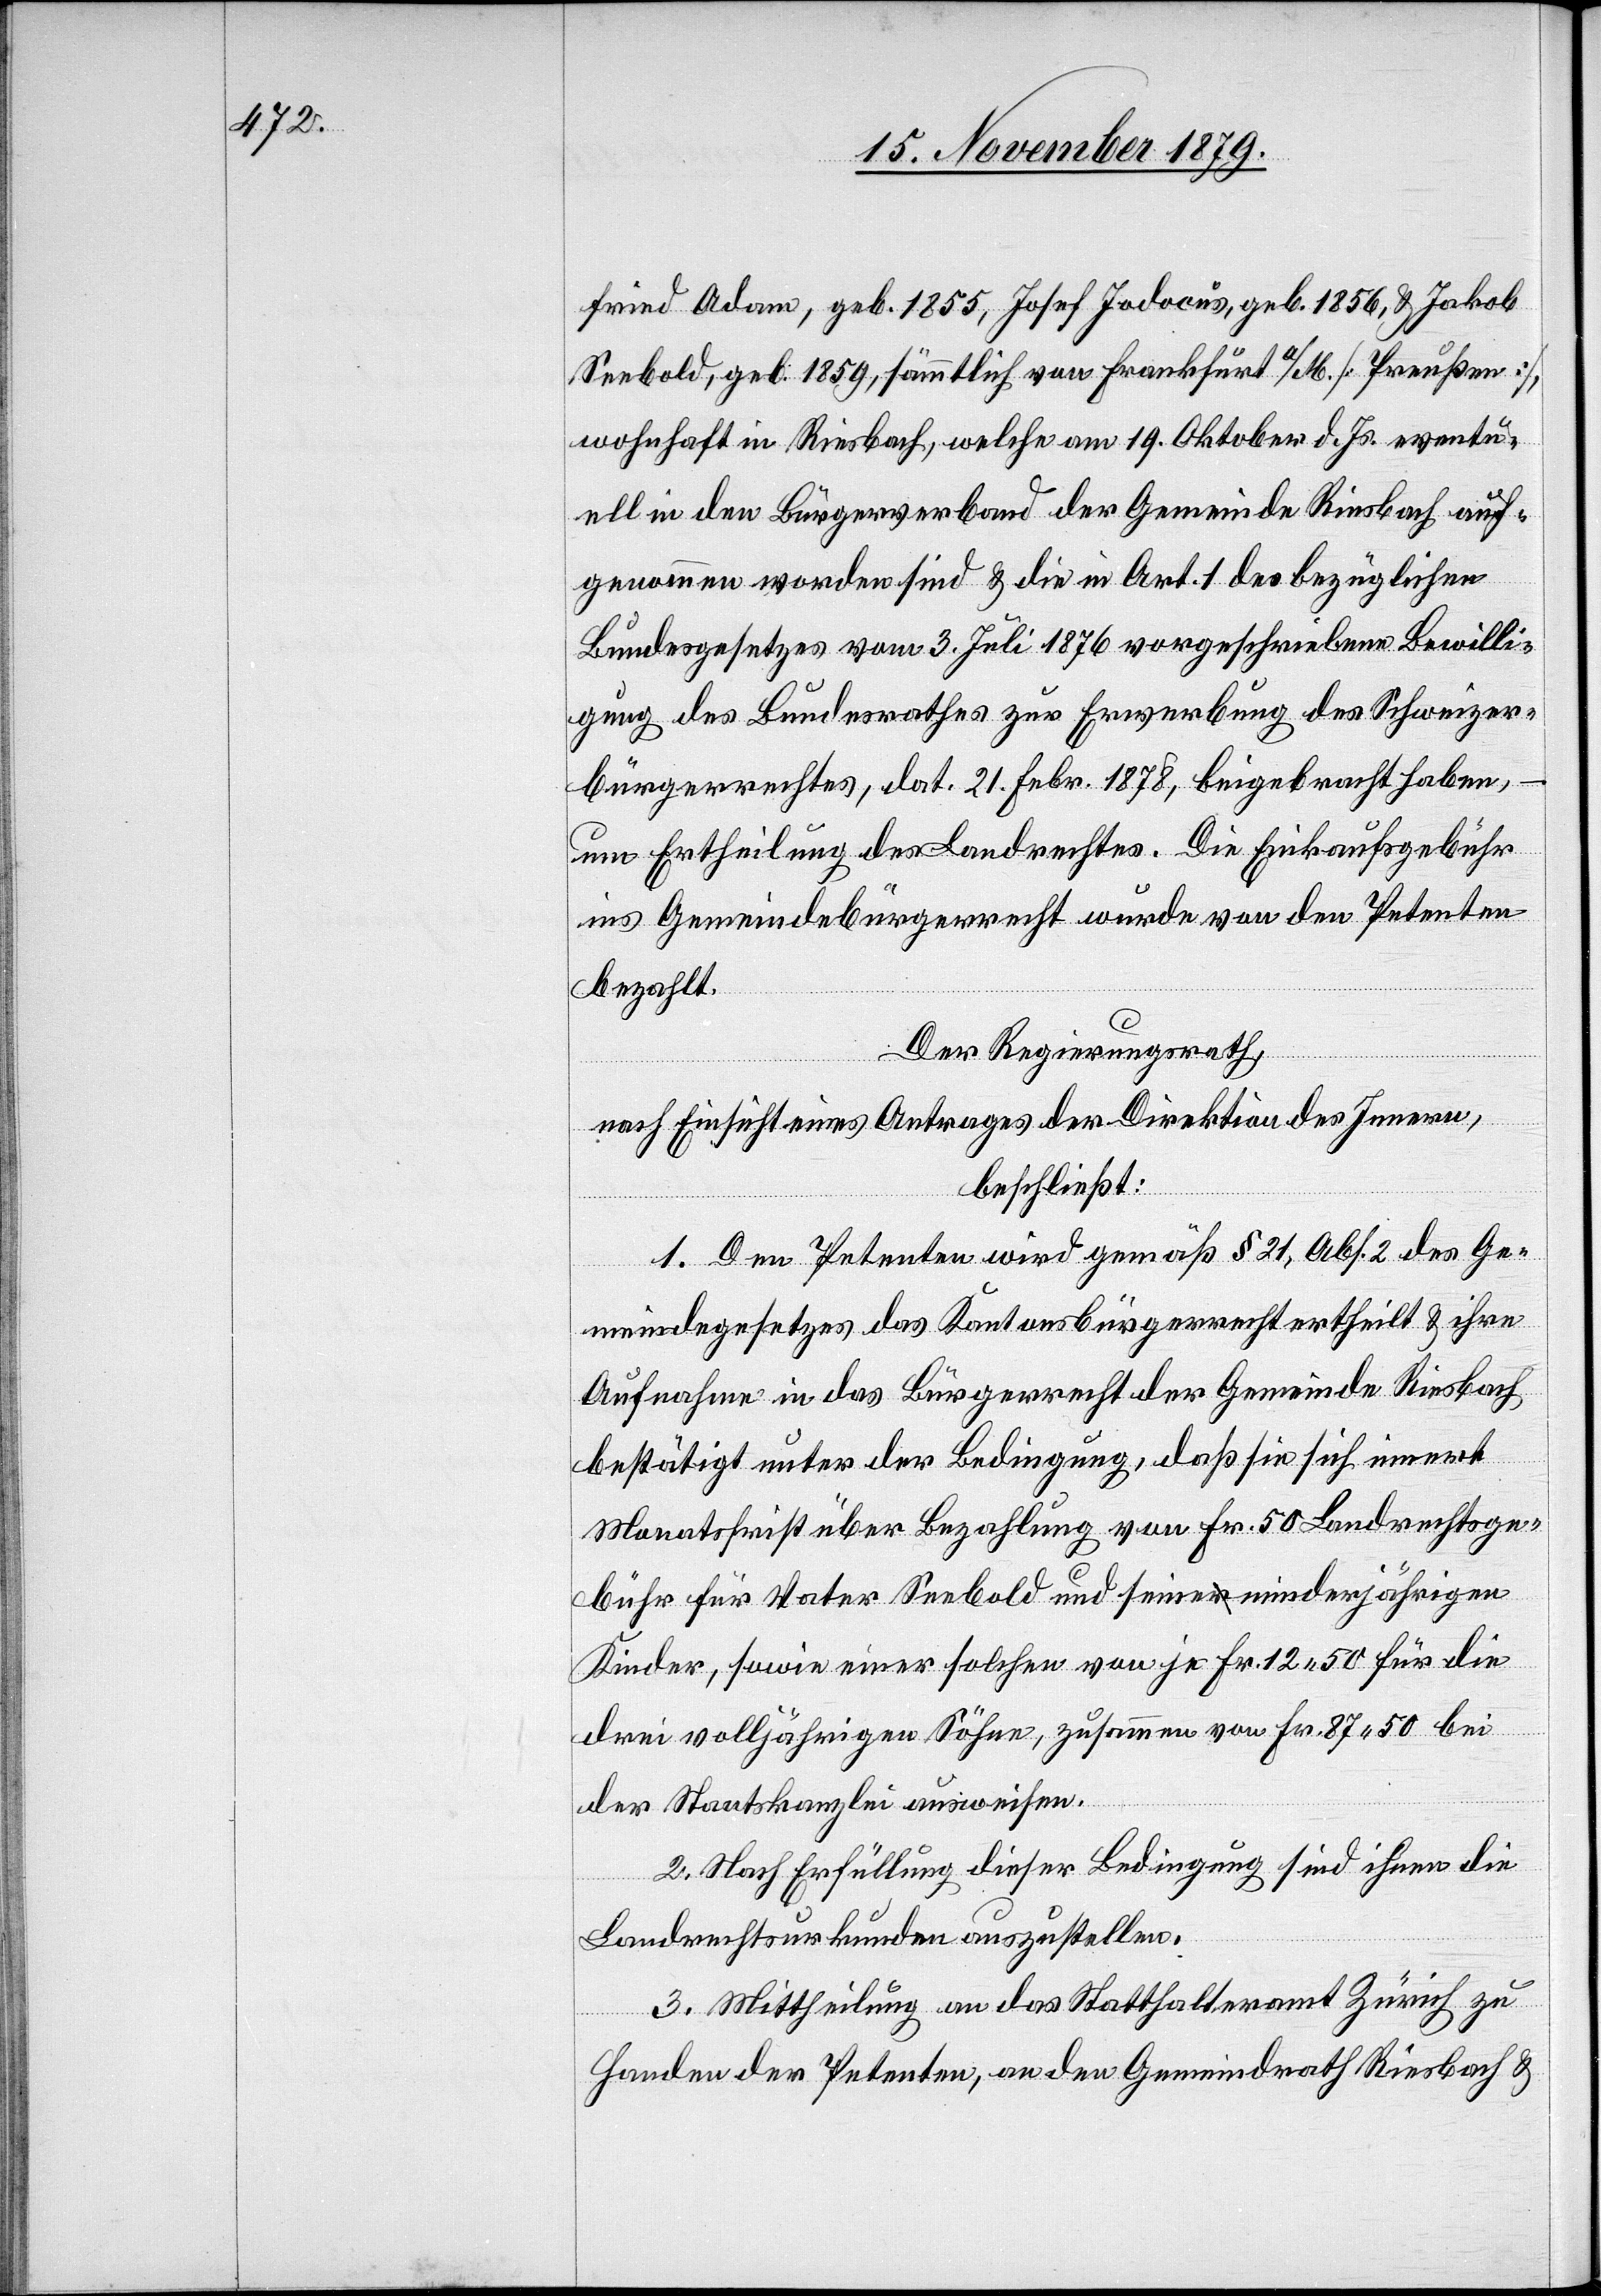
fried Adam, geb. 1855, Josef Jodocus, geb. 1856, & Jakob
Seebold, geb. 1859, sämmtlich von Frankfurt a/M. [Preußen],
wohnhaft in Riesbach, welche am 19. Oktober d. Js. eventu¬
ell in den Bürgerverband der Gemeinde Riesbach auf¬
genommen worden sind & die in Art. 1 des bezüglichen
Bundesgesetzes vom 3. Juli 1876 vorgeschriebene Bewilli¬
gung des Bundesrathes zur Erwerbung des Schweizer¬
bürgerrechtes, dat. 21. Febr. 1878, beigebracht haben,
um Ertheilung des Landrechtes. Die Einkaufsgebühr
ins Gemeindebürgerrecht wurde von den Petenten
bezahlt.
Der Regierungsrath,
nach Einsicht eines Antrages der Direktion des Innern,
beschließt:
1. Dem Petenten wird gemäß § 21, Abs. 2 des Ge¬
meindegesetzes das Kantonsbürgerrecht der Gemeinde Rie¬
bestätigt unter der Bedingung, daß sie sich innert
Monatsfrist über Bezahlung von Fr. 50 Landrechtsge¬
bühr für Vater Seebold und seine minderjährigen
Kinder, sowie einer solchen von je Fr. 12 50 für die
drei volljährigen Söhne, zusammen von Fr. 87 50 bei
der Staatskanzlei ausweise.
2. Nach Erfüllung dieser Bedingung sind ihnen die
Landrechtsurkunden auszustellen.
3. Mittheilung an das Statthalteramt Zürich zu
Handen der Petenten, an den Gemeindrath Riesbach &

sbach